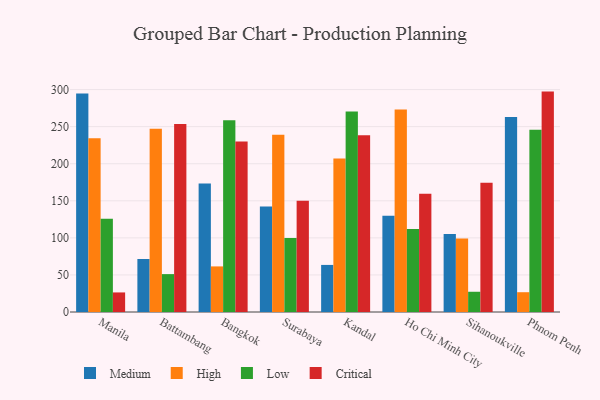
{"axis": {"x": "City", "y": "LTV (USD)"}, "legend": ["Critical", "High", "Low", "Medium"], "data": [{"x": "Manila", "y": 294.7, "type": "Medium"}, {"x": "Manila", "y": 234.5, "type": "High"}, {"x": "Manila", "y": 125.7, "type": "Low"}, {"x": "Manila", "y": 26.4, "type": "Critical"}, {"x": "Battambang", "y": 71.5, "type": "Medium"}, {"x": "Battambang", "y": 247.2, "type": "High"}, {"x": "Battambang", "y": 51.1, "type": "Low"}, {"x": "Battambang", "y": 253.6, "type": "Critical"}, {"x": "Bangkok", "y": 173.5, "type": "Medium"}, {"x": "Bangkok", "y": 61.5, "type": "High"}, {"x": "Bangkok", "y": 258.7, "type": "Low"}, {"x": "Bangkok", "y": 230.0, "type": "Critical"}, {"x": "Surabaya", "y": 142.4, "type": "Medium"}, {"x": "Surabaya", "y": 239.2, "type": "High"}, {"x": "Surabaya", "y": 99.9, "type": "Low"}, {"x": "Surabaya", "y": 150.0, "type": "Critical"}, {"x": "Kandal", "y": 63.5, "type": "Medium"}, {"x": "Kandal", "y": 207.2, "type": "High"}, {"x": "Kandal", "y": 270.5, "type": "Low"}, {"x": "Kandal", "y": 238.5, "type": "Critical"}, {"x": "Ho Chi Minh City", "y": 130.0, "type": "Medium"}, {"x": "Ho Chi Minh City", "y": 273.2, "type": "High"}, {"x": "Ho Chi Minh City", "y": 111.8, "type": "Low"}, {"x": "Ho Chi Minh City", "y": 159.5, "type": "Critical"}, {"x": "Sihanoukville", "y": 105.2, "type": "Medium"}, {"x": "Sihanoukville", "y": 99.2, "type": "High"}, {"x": "Sihanoukville", "y": 27.3, "type": "Low"}, {"x": "Sihanoukville", "y": 174.3, "type": "Critical"}, {"x": "Phnom Penh", "y": 262.9, "type": "Medium"}, {"x": "Phnom Penh", "y": 26.7, "type": "High"}, {"x": "Phnom Penh", "y": 245.9, "type": "Low"}, {"x": "Phnom Penh", "y": 297.3, "type": "Critical"}]}